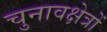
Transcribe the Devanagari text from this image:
चुनावक्षेत्रों